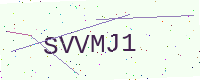
Text: SVVMJ1